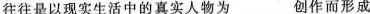
往往是以现实生活中的真实人物为___创作而形成